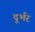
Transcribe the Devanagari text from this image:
दुर्भर